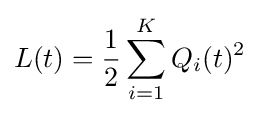
L(t)={\frac {1}{2}}\sum _{i=1}^{K}Q_{i}(t)^{2}